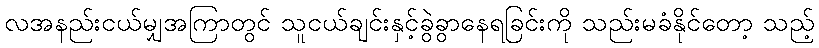
လအနည်းငယ်မျှအကြာတွင် သူငယ်ချင်းနှင့်ခွဲခွာနေရခြင်းကို သည်းမခံနိုင်တော့ သည့်